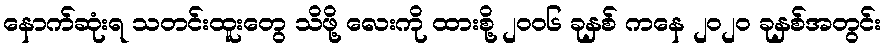
နောက်ဆုံးရ သတင်းထူးတွေ သိဖို့ လေးကို ထားစို့ ၂၀၀၆ ခုနှစ် ကနေ ၂၀၂၀ ခုနှစ်အတွင်း